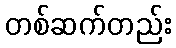
တစ်ဆက်တည်း